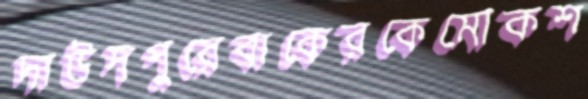
দাউদপুরেবাকেরকেমোকশ